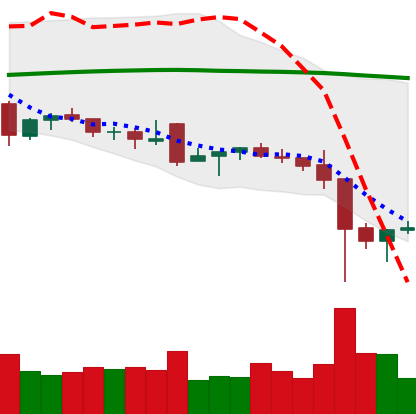
Ticker: NEO-USD
Chart end date: 2021-12-07
Forward return: -5.362%
Label: down_5_7